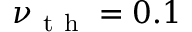
\nu _ { \mathrm { ~ t ~ h ~ } } = 0 . 1